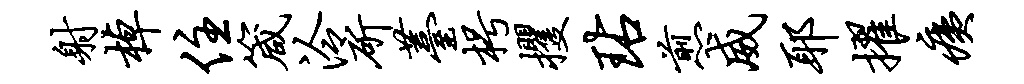
射棹住箴泠斫薹枵攫玷煎威耶擢痍